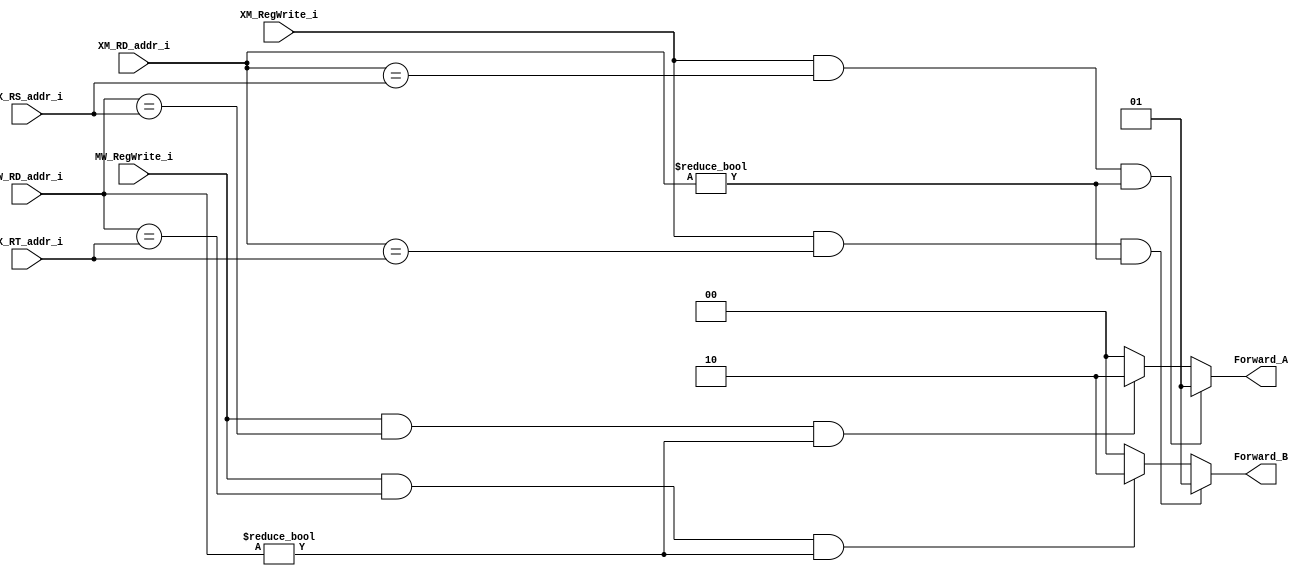
//Subject:     CO project 4 - ForwardUnit
//--------------------------------------------------------------------------------
//Version:     1
//--------------------------------------------------------------------------------
//Writer:
//----------------------------------------------
//Date:
//----------------------------------------------
//Description:
//--------------------------------------------------------------------------------
module ForwardUnit(
    DX_RS_addr_i,
    DX_RT_addr_i,
    XM_RD_addr_i,
    XM_RegWrite_i,
    MW_RD_addr_i,
    MW_RegWrite_i,
    Forward_A,
    Forward_B
	);

//I/O ports
input  [5-1:0]    DX_RS_addr_i;
input  [5-1:0]    DX_RT_addr_i;
input  [5-1:0]    XM_RD_addr_i;
input             XM_RegWrite_i;
input  [5-1:0]    MW_RD_addr_i;
input             MW_RegWrite_i;
output [2-1:0]    Forward_A;
output [2-1:0]    Forward_B;

//Internal signals
wire   [2-1:0]    Forward_A;
wire   [2-1:0]    Forward_B;

assign Forward_A = (XM_RegWrite_i & (XM_RD_addr_i == DX_RS_addr_i) & (XM_RD_addr_i != 0)) ? 2'b01 : (MW_RegWrite_i & (MW_RD_addr_i == DX_RS_addr_i) & (MW_RD_addr_i != 0) ? 2'b10 : 2'b00);
assign Forward_B = (XM_RegWrite_i & (XM_RD_addr_i == DX_RT_addr_i) & (XM_RD_addr_i != 0)) ? 2'b01 : (MW_RegWrite_i & (MW_RD_addr_i == DX_RT_addr_i) & (MW_RD_addr_i != 0) ? 2'b10 : 2'b00);

endmodule